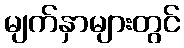
မျက်နှာများတွင်